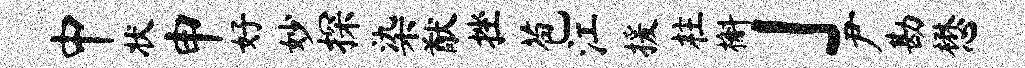
中状申好妙探染猷挫苞江援柱槲」尹勘懋